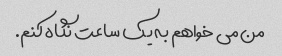
من می خواهم به یک ساعت نگاه کنم.